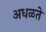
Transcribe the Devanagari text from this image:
अधळते